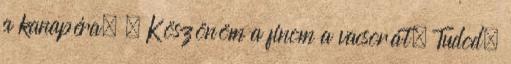
a kanapéra. – Köszönöm a finom a vacsorát. Tudod,